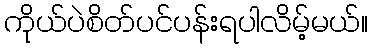
ကိုယ်ပဲစိတ်ပင်ပန်းရပါလိမ့်မယ်။